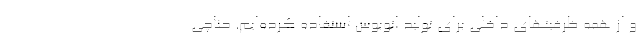
و از همه ظرفیتهای داخلی برای تولید اتوبوس استفاده کرده‌ایم. حناچی